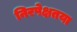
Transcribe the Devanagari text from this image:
निरपेक्षतया